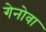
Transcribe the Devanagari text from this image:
गेनोवा